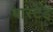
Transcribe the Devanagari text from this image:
बास्टेइ